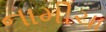
નામીચા